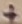
Text: +